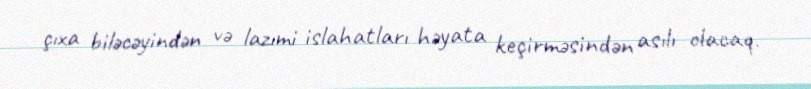
çıxa biləcəyindən və lazımi islahatları həyata keçirməsindən asılı olacaq.